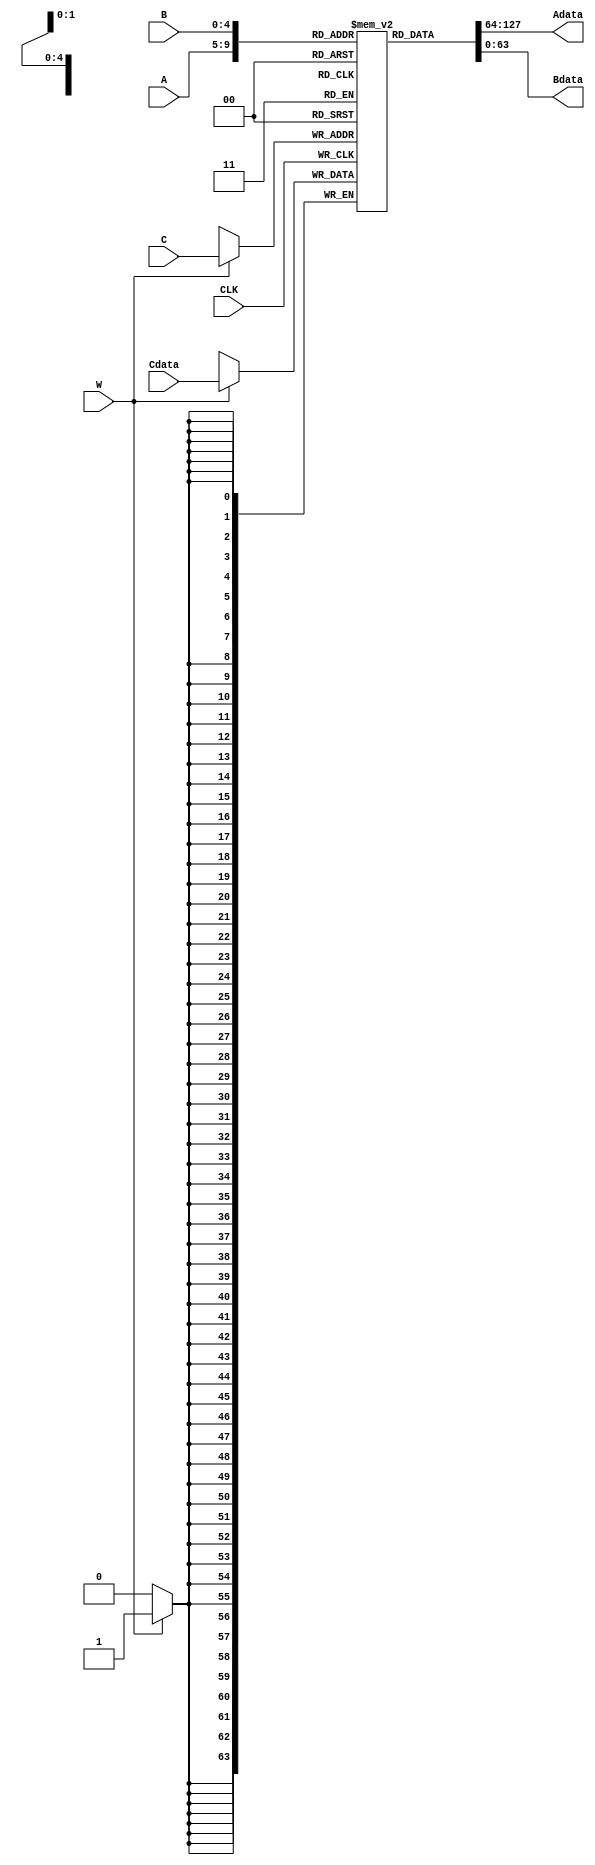
module RegisterBank(A,B,C,Adata,Bdata,Cdata,W,CLK);

input [4:0]A;
input [4:0]B;
input [4:0]C;
input [63:0]Cdata;
input W;
input CLK;

parameter delay = 10;

output  [63:0]Adata;
output  [63:0]Bdata;

reg [63:0] registersTable [31:0];

integer i;
initial
begin
    for (i=0; i<32; i=i+1) registersTable[i] = i;
end
//assigning data of addressed registers into outputs


assign  Adata = registersTable[A];
assign  Bdata = registersTable[B];


//writing data into addressed register
always@(posedge CLK)
  begin
  if(W)
    begin
    #delay registersTable[C] = Cdata;
    end
  end

endmodule